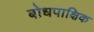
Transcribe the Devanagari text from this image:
बोधपाक्षिक